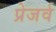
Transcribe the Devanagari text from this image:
प्रेजर्व